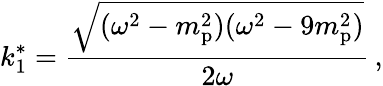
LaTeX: k_{1}^{*}={\frac{\sqrt{(\omega^{2}-m_{\mathrm{p}}^{2})(\omega^{2}-9m_{\mathrm{p}}^{2})}}{2\omega}}\, ,